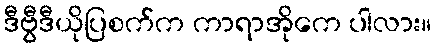
ဒီဗွီဒီယိုပြစက်က ကာရာအိုကေ ပါလား။